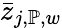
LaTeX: \bar{z}_{j,\mathbb{P},w}